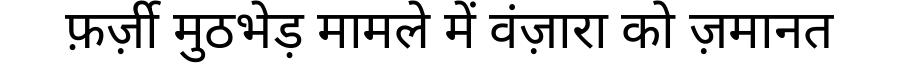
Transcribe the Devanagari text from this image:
फ़र्ज़ी मुठभेड़ मामले में वंज़ारा को ज़मानत